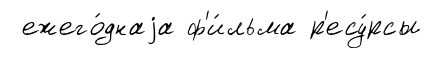
ежего́днаjа ф'и́льма р'есу́рсы